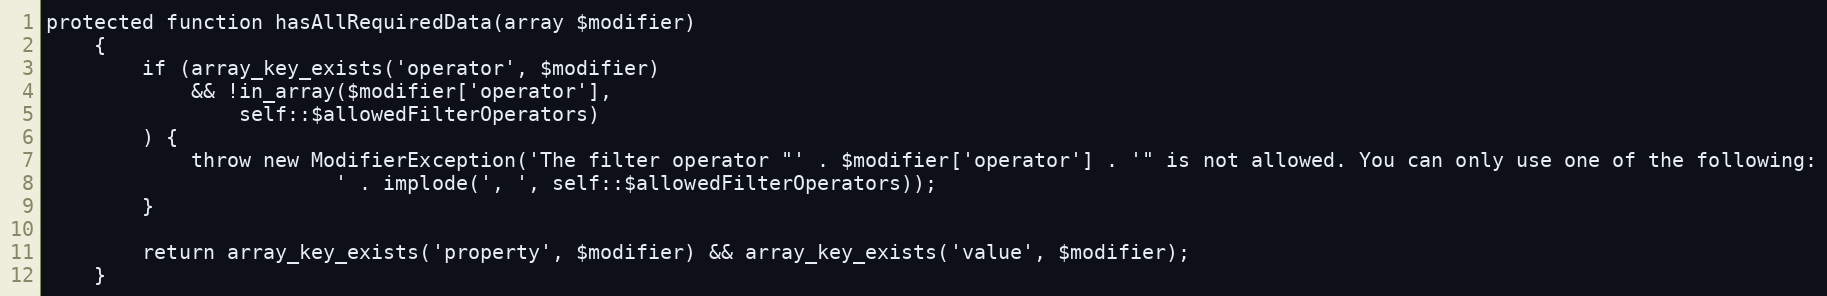
Language: PHP
protected function hasAllRequiredData(array $modifier)
    {
        if (array_key_exists('operator', $modifier)
            && !in_array($modifier['operator'],
                self::$allowedFilterOperators)
        ) {
            throw new ModifierException('The filter operator "' . $modifier['operator'] . '" is not allowed. You can only use one of the following:
                        ' . implode(', ', self::$allowedFilterOperators));
        }

        return array_key_exists('property', $modifier) && array_key_exists('value', $modifier);
    }